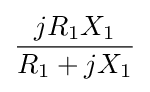
{\frac {jR_{1}X_{1}}{R_{1}+jX_{1}}}